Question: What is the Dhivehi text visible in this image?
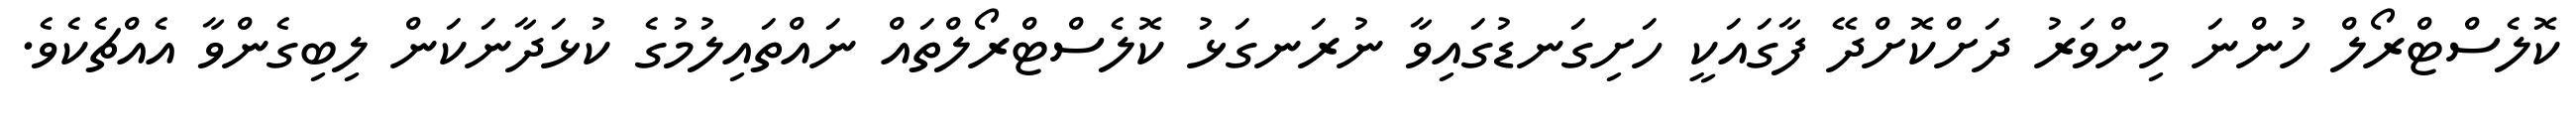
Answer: ކޮލެސްޓްރޯލް ހުންނަ މިންވަރު ދަށްކޮށްދޭ ފާގައަކީ ހަށިގަނޑުގައިވާ ނުރަނގަޅު ކޮލެސްޓްރޯލްތައް ނައްތައިލުމުގެ ކުޅަދާނަކަން ލިބިގެންވާ އެއްޗެކެވެ.